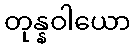
တုန္နဝါယော